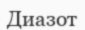
Диазот